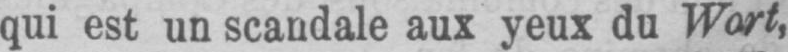
qui est un scandale aux yeux du Wort,